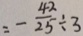
= - \frac { 4 2 } { 2 5 } \div 3